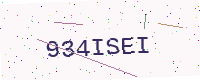
Text: 934ISEI